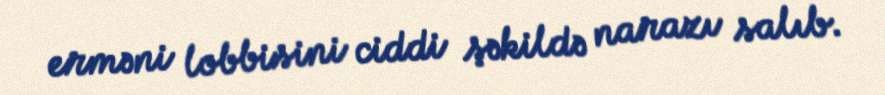
erməni lobbisini ciddi şəkildə narazı salıb.